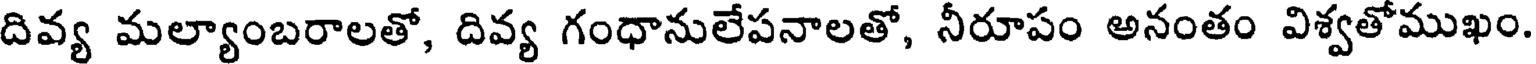
దివ్య మల్యాంబరాలతో, దివ్య గంధానులేపనాలతో, నీరూపం అనంతం విశ్వతోముఖం